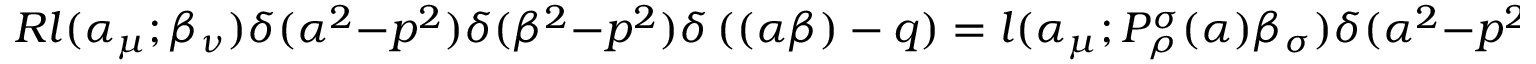
R l ( \alpha _ { \mu } ; \beta _ { \nu } ) \delta ( \alpha ^ { 2 } - p ^ { 2 } ) \delta ( \beta ^ { 2 } - p ^ { 2 } ) \delta \left( ( \alpha \beta ) - q \right) = l ( \alpha _ { \mu } ; P _ { \rho } ^ { \sigma } ( \alpha ) \beta _ { \sigma } ) \delta ( \alpha ^ { 2 } - p ^ { 2 } ) \delta ( \beta ^ { 2 } - p ^ { 2 } ) \delta \left( ( \alpha \beta ) - q \right)